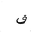
Letter: _fa